Report of the Indian Hemp Drugs Commission, 1894-1895 - Volume VI
Year: 1894
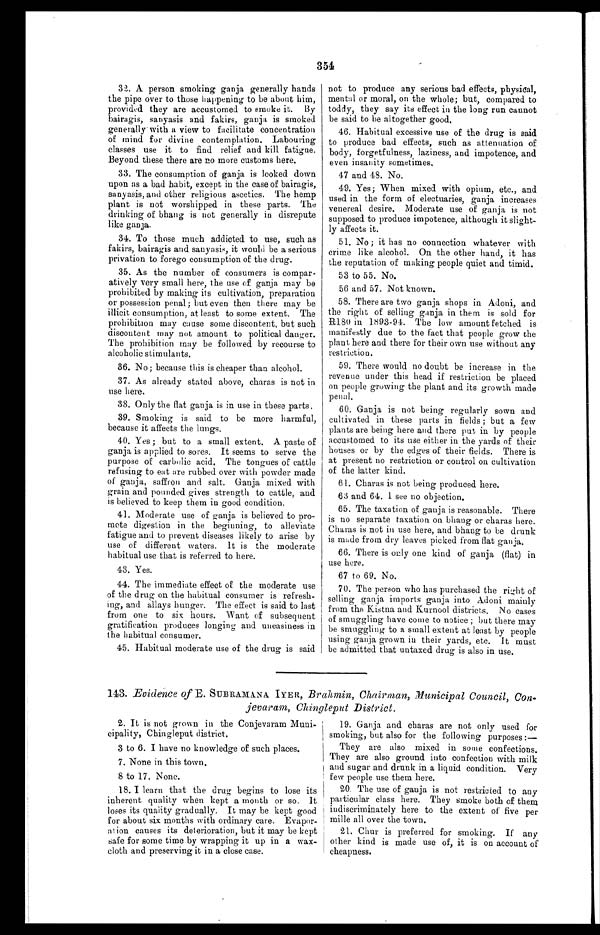
32. A. person smoking ganja generally hands
the pipe over to those happening to be about him,
provided they are accustomed to smoke it. By
bairagis, sanyasis and fakirs, ganja is smoked
generally with a view to facilitate concentration
of mind for divine contemplation. Labouring
classes use it to find relief and kill fatigue.
Beyond these there are no more customs here.
33. The consumption of ganja is looked down
upon as a bad habit, except in the case of bairagis,
sanyasis, and other religious ascetics. The hemp
plant is not worshipped in these parts. The
drinking of bhang is not generally in disrepute
like ganja.
34. To those much addicted to use, such as
fakirs, bairagis and sanyasis, it would be a serious
privation to forego consumption of the drug.
35. As the number of consumers is compar-
atively very small here, the use of ganja may be
prohibited by making its cultivation, preparation
or possession penal; but even then there may be
illicit consumption, at least to some extent. The
prohibition may cause some discontent, but such
discontent may not amount to political danger.
The prohibition may be followed by recourse to
alcoholic stimulants.
36. No ; because this is cheaper than alcohol.
37. As already stated above, charas is not in
use here.
38. Only the flat ganja is in use in these parts.
39. Smoking is said to be more harmful,
because it affects the lungs.
40. Yes ; but to a small extent. A paste of
ganja is applied to sores. It seems to serve the
purpose of carbolic acid. The tongues of cattle
refusing to eat are rubbed over with powder made
of ganja, saffron and salt. Ganja mixed with
grain and pounded gives strength to cattle, and
is believed to keep them in good condition.
41. Moderate use of ganja is believed to pro-
mote digestion in the beginning, to alleviate
fatigue and to prevent diseases likely to arise by
use of different waters. It is the moderate
habitual use that is referred to here.
43. Yes.
44. The immediate effect of the moderate use
of the drug on the habitual consumer is refresh-
ing, and allays hunger. The effect is said to last
from one to six hours. Want of subsequent
gratification produces longing and uneasiness in
the habitual consumer.
45. Habitual moderate use of the drug is said
not to produce any serious bad effects, physical,
mental or moral, on the whole; but, compared to
toddy, they say its effect in the long run cannot
be said to be altogether good.
46. Habitual excessive use of the drug is said
to produce bad effects, such as attenuation of
body, forgetfulness, laziness, and impotence, and
even insanity sometimes.
47 and 48. No.
49. Yes ; When mixed with opium, etc., and
used in the form of electuaries, ganja increases
venereal desire. Moderate use of ganja is not
supposed to produce impotence, although it slight-
ly affects it.
51. No ; it has no connection whatever with
crime like alcohol. On the other hand, it has
the reputation of making people quiet and timid.
53 to 55. No.
56 and 57. Not known.
58. There are two ganja shops in Adoni, and
the right of selling ganja in them is sold for
R180 in 1893-94. The low amount fetched is
manifestly due to the fact that people grow the
plant here and there for their own use without any
restriction.
59. There would no doubt be increase in the
revenue under this head if restriction be placed
on people growing the plant and its growth made
penal.
60. Ganja is not being regularly sown and
cultivated in these parts in fields ; but a few
plants are being here and there put in by people
accustomed to its use either in the yards of their
houses or by the edges of their fields. There is
at present no restriction or control on cultivation
of the latter kind.
61. Chants is not being produced here.
63 and 64. 1 see no objection.
65. The taxation of ganja is reasonable. There
is no separate taxation on bhang or charas here.
Charas is not in use here, and bhang to be drunk
is made from dry leaves picked from flat ganja.
66. There is only one kind of ganja (flat) in
use here.
67 to 69. No.
70. The person who has purchased the right of
selling ganja imports ganja into Adoni mainly
from the Kistna and Kurnool districts. No cases
of smuggling have come to notice ; but there may
be smuggling to a small extent at least by people
using ganja grown in their yards, etc. It must
be admitted that untaxed drug is also in use.
143. Evidence of E. SUBRAMANA IYER, Brahmin, Chairman, Municipal Council, Con
jevaram, Chingleput District.
2. It is not grown in the Conjevaram
Muni-
cipality Chingleput district.
3 to 6. I have no knowledge of such places.
7. None in this town.
8 to 17. None.
18. I learn that the drug begins to lose its
inherent quality when kept a month or so. It
loses its quality gradually. It may be kept good
for about six months with ordinary care. Evapor-
ation causes its deterioration, but it may be kept
safe for some time by wrapping it up in a wax-
cloth and preserving it in a close case.
19. Ganja and charas are not only used for
smoking, but also for the following purposes :
—They are also mixed in some confections.
They are also ground into confection with milk
and sugar and drunk in a liquid condition. Very
few people use them here.
20. The use of ganja is not restricted to any
particular class here. They smoke both of them
indiscriminately here to the extent of five per
mille all over the town.
21. Chur is preferred for smoking. If any
other kind is made use of, it is on account of
cheapness.